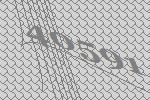
40591